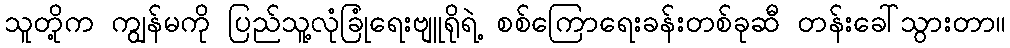
သူတို့က ကျွန်မကို ပြည်သူ့လုံခြုံရေးဗျူရိုရဲ့ စစ်ကြောရေးခန်းတစ်ခုဆီ တန်းခေါ်သွားတာ။